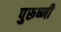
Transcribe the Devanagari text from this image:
पुरूष्णी